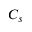
C _ { s }